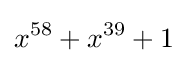
x^{58}+x^{39}+1